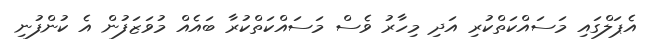
އެޕަލްގައި މަސައްކަތްކުރި އަދި މިހާރު ވެސް މަސައްކަތްކުރާ ބައެއް މުވަޒަފުން އެ ކުންފުނި